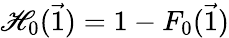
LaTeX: \mathscr{H}_{0}(\vec{{1}})=1-F_{0}(\vec{{1}})